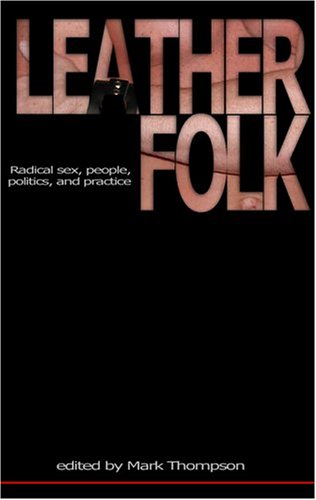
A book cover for Leatherfolk: Radical Sex, People, Politics, and Practice; Mark Thompson; Gay & Lesbian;